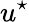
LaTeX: u^{\star}